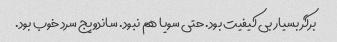
برگر بسیار بی کیفیت بود. حتی سویا هم نبود. ساندویج سرد خوب بود.